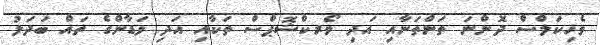
ވެހިކަލްސް ދޮންނަ ތަންތަނާއި އަދި ވޯރކްޝޮޕްސް ތަކާއި އަދި ވަޑާންގެ ތައް ބަދަލު